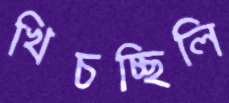
খিচচ্ছিলি